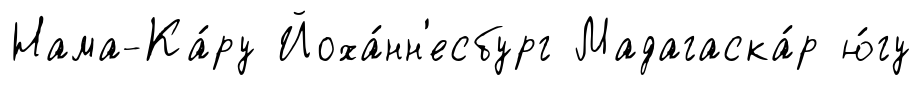
Нама-Ка́ру Йоха́нн'есбург Мадагаска́р ю́гу